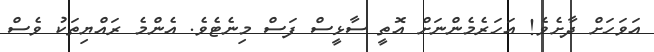
އަވަހަށް ދާށެވެ! އަހަރެމެންނަށް އޮތީ ސާޅީސް ފަސް މިނެޓެވެ. އެންމެ ރައްޔިތަކު ވެސް